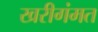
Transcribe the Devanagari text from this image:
खरीगंमत